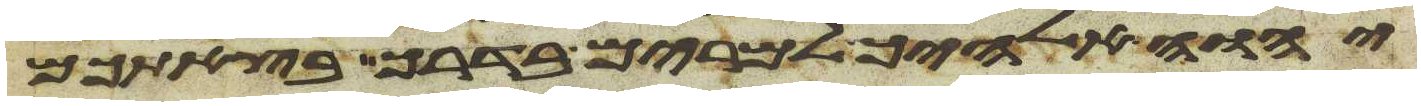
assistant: יהוה אלהיך למרים בדרך בצאתכם